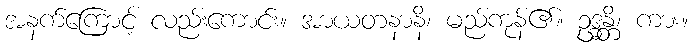
အနက်ကြောင့် လည်းကောင်း။ အာယတနာနိ၊ မည်ကုန်၏။ ဥဒ္ဓန္တိ၊ ကား။